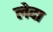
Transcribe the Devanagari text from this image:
लेदा